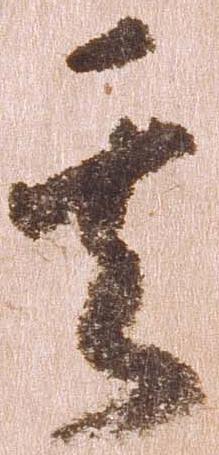
其